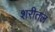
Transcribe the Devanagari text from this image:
शरीतल